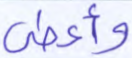
وأعطى